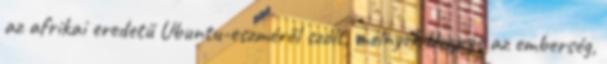
az afrikai eredetű Ubuntu-eszméről szólt, melnyek lényege az emberség,